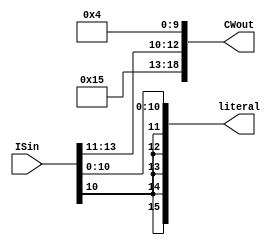
module ID_11_Handler (ISin, CWout, literal);
input [13:0] ISin;
output reg [15:0] literal;
output reg [18:0] CWout;
  
  
always @(ISin) begin

CWout = {6'b010101,ISin[13:11],10'b0000000100}; //Load Immediate
literal = {ISin[10],ISin[10],ISin[10],ISin[10],ISin[10],ISin[10:0]};

end


endmodule